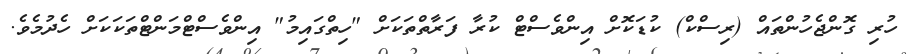
ހުރި ގޮންޖެހުންތައް (ރިސްކް) ކުޑަކޮށް އިންވެސްޓް ކުރާ ފަރާތްތަކަށް "ހިތްގައިމު" އިންވެސްޓްމަންޓްތަކަކަށް ހެދުމެވެ.